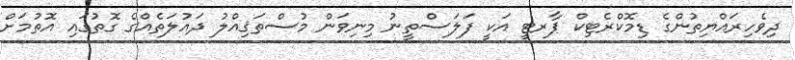
ދިވެހިރައްޔިތުންގެ ޑިމޮކްރެޓިކް ޕާރޓީ އަކީ ފަލަސްތީނު މިނިވަން މުސްތަޤިއްލު ދައުލަތެއްގެ ގޮތުގައި އޮތުމަށް